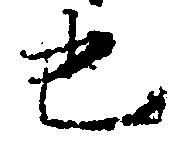
也